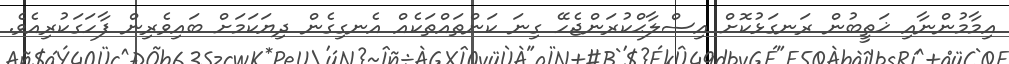
އިމާމުންނާއި ޚަތީބުން ރަނގަޅުކޮށް އިސްލާޙްކުރަންޖެހޭ ގިނަ ކަންތައްތަކެއް އެނގިގެން ދިޔަކަމަށް ބައިވެރިން ފާހަގަކުރިއެވެ.